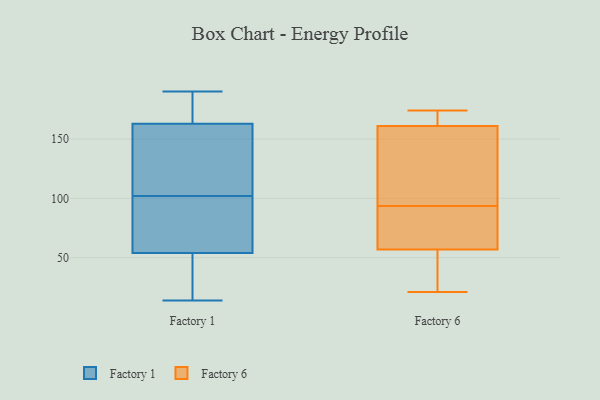
{"axis": {"x": "Customer Acquisition Cost (USD)", "y": "Value"}, "legend": ["Factory 1", "Factory 6"], "data": [{"x": "", "y": 54, "type": "Factory 1"}, {"x": "", "y": 101, "type": "Factory 1"}, {"x": "", "y": 190, "type": "Factory 1"}, {"x": "", "y": 163, "type": "Factory 1"}, {"x": "", "y": 30, "type": "Factory 1"}, {"x": "", "y": 176, "type": "Factory 1"}, {"x": "", "y": 135, "type": "Factory 1"}, {"x": "", "y": 70, "type": "Factory 1"}, {"x": "", "y": 170, "type": "Factory 1"}, {"x": "", "y": 55, "type": "Factory 1"}, {"x": "", "y": 103, "type": "Factory 1"}, {"x": "", "y": 147, "type": "Factory 1"}, {"x": "", "y": 85, "type": "Factory 1"}, {"x": "", "y": 26, "type": "Factory 1"}, {"x": "", "y": 15, "type": "Factory 1"}, {"x": "", "y": 14, "type": "Factory 1"}, {"x": "", "y": 171, "type": "Factory 1"}, {"x": "", "y": 143, "type": "Factory 1"}, {"x": "", "y": 161, "type": "Factory 6"}, {"x": "", "y": 50, "type": "Factory 6"}, {"x": "", "y": 99, "type": "Factory 6"}, {"x": "", "y": 57, "type": "Factory 6"}, {"x": "", "y": 170, "type": "Factory 6"}, {"x": "", "y": 21, "type": "Factory 6"}, {"x": "", "y": 78, "type": "Factory 6"}, {"x": "", "y": 174, "type": "Factory 6"}, {"x": "", "y": 94, "type": "Factory 6"}, {"x": "", "y": 93, "type": "Factory 6"}]}